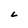
Character: L